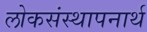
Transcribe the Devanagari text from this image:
लोकसंस्थापनार्थ